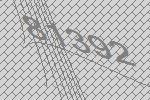
81392